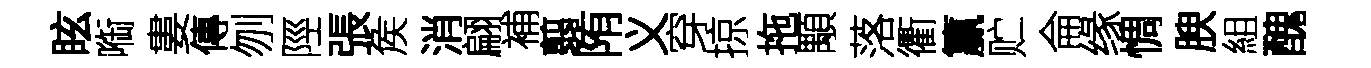
眩㗸婁傳刎陘張矦消翩補翦陏义穿掠拖顒落衢籯贮侖缘惆腴組醜